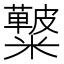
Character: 𥽚